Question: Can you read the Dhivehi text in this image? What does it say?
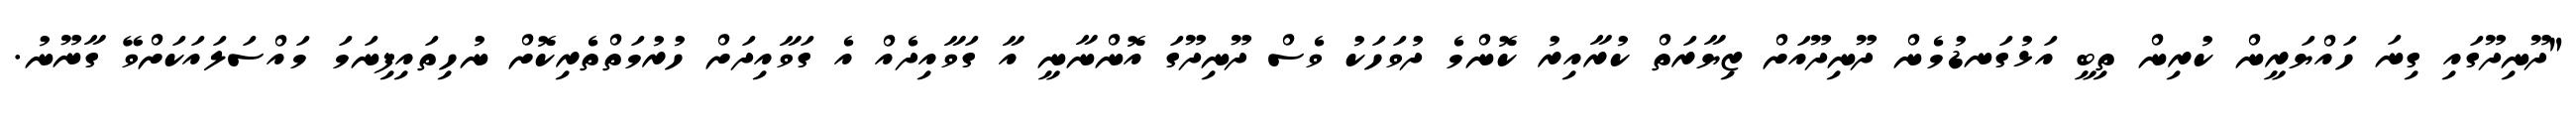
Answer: "ދޫނިދޫގައި ގިނަ ހައްޔަރީން ކުރިން ތިބީ އަޅުގަނޑުމެން ދޫނިދޫއަށް ޒިޔާރަތް ކުރާއިރު ކޮންމެ ދުވަހަކު ވެސް ދޫނިދޫގަ އޮންނާނީ އާ ގަވާއިދެއް އެ ގަވާއިދަށް ހުރުމަތްތެރިކޮށް ނުހިތައިފިނަމަ މައްސަލައަކަށްވޭ ގާނޫނު.